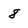
Character: 8